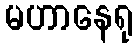
မဟာနေရု